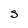
Character: S